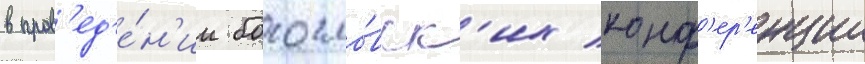
в пров'ед'е́н'ии богосло́вск'их конф'ер'енции